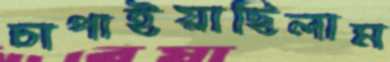
চাপাইয়াছিলাম